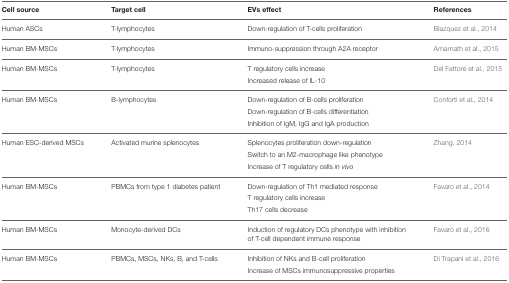
<table><thead><tr><td><b>Cell source</b></td><td><b>Target cell</b></td><td><b>EVs effect</b></td><td><b>References</b></td></tr></thead><tbody><tr><td>Human ASCs</td><td>T-lymphocytes</td><td>Down-regulation of T-cells proliferation</td><td>Blazquez et al., 2014</td></tr><tr><td>Human BM-MSCs</td><td>T-lymphocytes</td><td>Immuno-suppression through A2A receptor</td><td>Amarnath et al., 2015</td></tr><tr><td>Human BM-MSCs</td><td>T-lymphocytes</td><td>T regulatory cells increase</td><td>Del Fattore et al., 2015</td></tr><tr><td></td><td></td><td>Increased release of IL-10</td><td></td></tr><tr><td>Human BM-MSCs</td><td>B-lymphocytes</td><td>Down-regulation of B-cells proliferation</td><td>Conforti et al., 2014</td></tr><tr><td></td><td></td><td>Down-regulation of B-cells differentiation</td><td></td></tr><tr><td></td><td></td><td>Inhibition of IgM, IgG and IgA production</td><td></td></tr><tr><td>Human ESC-derived MSCs</td><td>Activated murine splenocytes</td><td>Splenocytes proliferation down-regulation</td><td>Zhang, 2014</td></tr><tr><td></td><td></td><td>Switch to an M2-macrophage like phenotype</td><td></td></tr><tr><td></td><td></td><td>Increase of T regulatory cells <i>in vivo</i></td><td></td></tr><tr><td>Human BM-MSCs</td><td>PBMCs from type 1 diabetes patient</td><td>Down-regulation of Th1 mediated response</td><td>Favaro et al., 2014</td></tr><tr><td></td><td></td><td>T regulatory cells increase</td><td></td></tr><tr><td></td><td></td><td>Th17 cells decrease</td><td></td></tr><tr><td>Human BM-MSCs</td><td>Monocyte-derived DCs</td><td>Induction of regulatory DCs phenotype with inhibition of T-cell dependent immune response</td><td>Favaro et al., 2016</td></tr><tr><td>Human BM-MSCs</td><td>PBMCs, MSCs, NKs, B, and T-cells</td><td>Inhibition of NKs and B-cell proliferation</td><td>Di Trapani et al., 2016</td></tr><tr><td></td><td></td><td>Increase of MSCs immunosuppressive properties</td><td></td></tr></tbody></table>